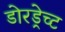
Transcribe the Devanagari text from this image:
डोरड्रेच्ट